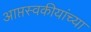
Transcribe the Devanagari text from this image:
आप्तस्वकीयांच्या